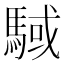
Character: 䮙